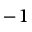
^ { - 1 }